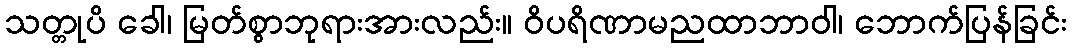
သတ္တုပိ ခေါ၊ မြတ်စွာဘုရားအားလည်း။ ဝိပရိဏာမညထာဘာဝါ၊ ဘောက်ပြန်ခြင်း